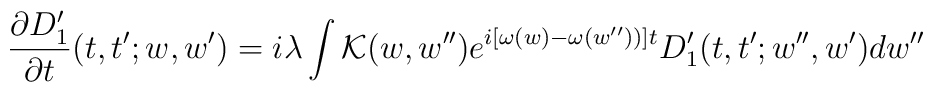
\frac{\partial D_{1}^{\prime }}{\partial t}(t,t^{\prime };w,w^{\prime})=i\lambda \int {\cal K}(w,w^{\prime \prime })e^{i[\omega (w)-\omega(w^{\prime \prime }))]t}D_{1}^{\prime }(t,t^{\prime };w^{\prime \prime},w^{\prime })dw^{\prime \prime }